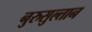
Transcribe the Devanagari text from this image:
नुरुसुल्तान